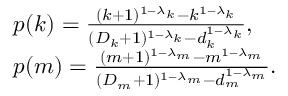
\begin{array} { l } { p ( k ) = \frac { ( k + 1 ) ^ { 1 - \lambda _ { k } } - k ^ { 1 - \lambda _ { k } } } { ( D _ { k } + 1 ) ^ { 1 - \lambda _ { k } } - d _ { k } ^ { 1 - \lambda _ { k } } } , } \\ { p ( m ) = \frac { ( m + 1 ) ^ { 1 - \lambda _ { m } } - m ^ { 1 - \lambda _ { m } } } { ( D _ { m } + 1 ) ^ { 1 - \lambda _ { m } } - d _ { m } ^ { 1 - \lambda _ { m } } } . } \end{array}